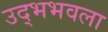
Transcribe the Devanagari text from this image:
उद्भभवला